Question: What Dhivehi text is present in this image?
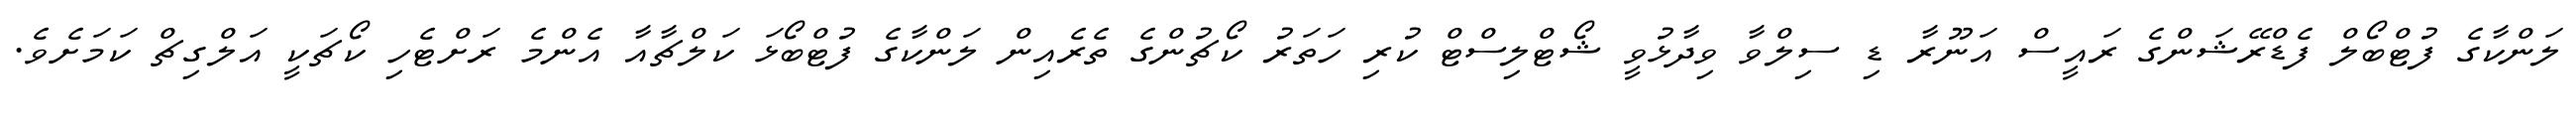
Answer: ލަންކާގެ ފުޓްބޯލް ފެޑްރޭޝަންގެ ރައީސް އަނޫރާ ޑި ސިލްވާ ވިދާޅުވީ ޝޯޓްލިސްޓް ކުރި ހަތަރު ކޯޗުންގެ ތެރެއިން ލަންކާގެ ފުޓްބޯޅަ ކަލްޗާއާ އެންމެ ރަށްޓެހި ކޯޗަކީ އަލްގިޗް ކަމަށެވެ.